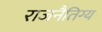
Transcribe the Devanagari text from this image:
राजनैतिग्य